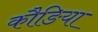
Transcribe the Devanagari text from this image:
कौङिया